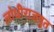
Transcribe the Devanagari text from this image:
लोधीराजपुत